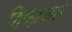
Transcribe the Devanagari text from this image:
हिफ़ाजत